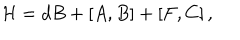
{ \cal H } = d B + \left[ A , B \right] + \left[ F , C \right] ,